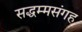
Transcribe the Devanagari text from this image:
सद्धम्मसंगह